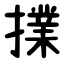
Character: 擈